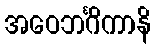
အဝေဘင်္ဂိကာနိ